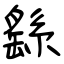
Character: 繇